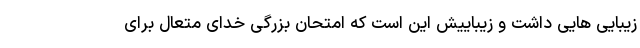
زیبایی هایی داشت و زیباییش این است که امتحان بزرگی خدای متعال برای